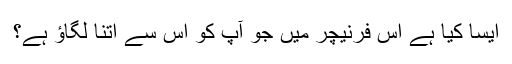
ایسا کیا ہے اس فرنیچر میں جو آپ کو اس سے اتنا لگاؤ ہے؟